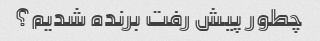
چطور پیش رفت برنده شدیم؟